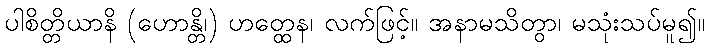
ပါစိတ္တိယာနိ (ဟောန္တိ၊) ဟတ္ထေန၊ လက်ဖြင့်။ အနာမသိတွာ၊ မသုံးသပ်မူ၍။